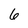
Character: 6